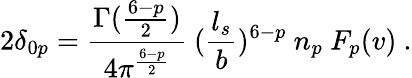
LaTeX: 2\delta_{0p}={\frac{\Gamma({\frac{6-p}{2}})}{4\pi^{\frac{6-p}{2}}}}~({\frac{l_{s}}{b}})^{6-p}~n_{p}~F_{p}(v)~.